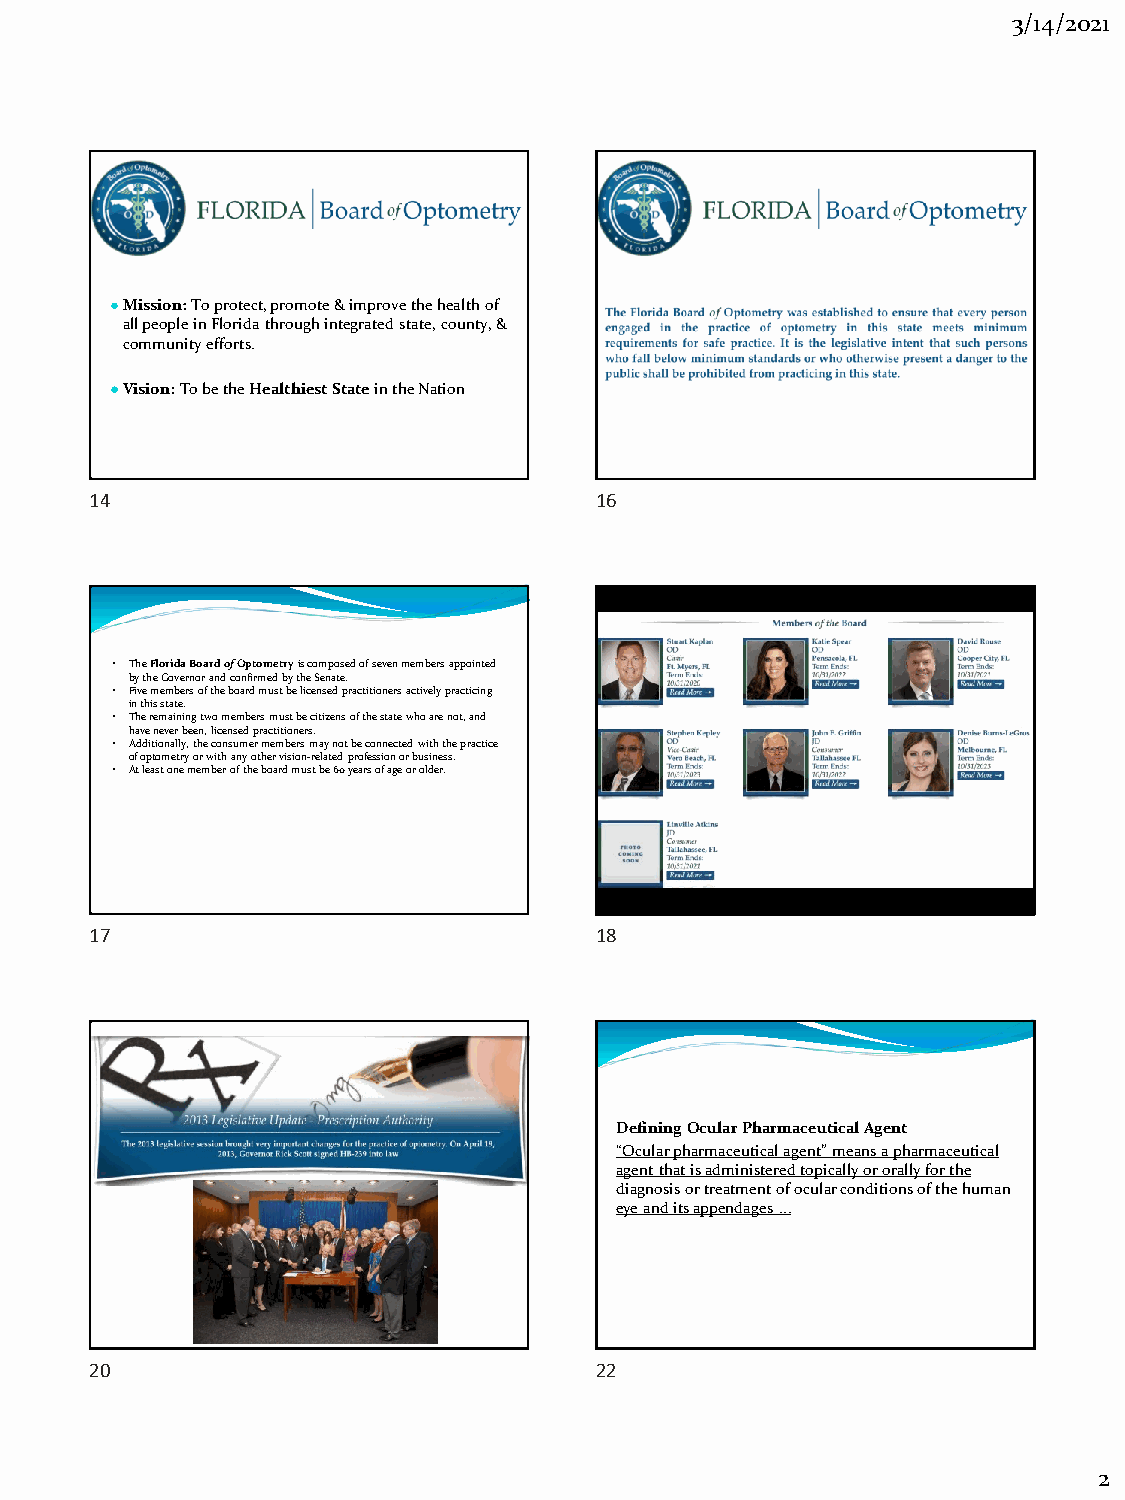
3/14/2021
 ●Mission: To protect, promote & improve the health of
 all people in Florida through integrated state, county, &
 community efforts.
 ●Vision: To be the Healthiest Statein the Nation
 14                               16
 • The Florida BoardofOptometryis composed of seven members appointed
 by the Governor and confirmed by the Senate.
 • Five members of the board must be licensed practitioners actively practicing
 in this state.
 • The remaining two members must be citizens of the state who are not, and
 have never been, licensed practitioners.
 • Additionally, the consumer members may not be connected with the practice
 of optometry or with any other vision-related profession or business.
 • At least one member of the board must be 60 years of age or older.
 17                               18
 DefiningOcular Pharmaceutical Agent
 “Ocular pharmaceutical agent” means a pharmaceutical
 agent that is administered topically or orally for the
 diagnosis or treatment of ocular conditions of the human
 eye and its appendages ...
 20                               22
 2